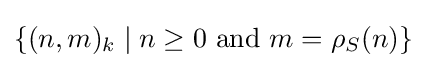
\{(n,m)_{k}\mid n\geq 0{\text{ and }}m=\rho _{S}(n)\}